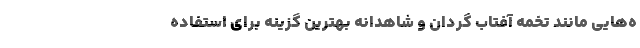
ه‌هایی مانند تخمه آفتاب گردان و شاهدانه بهترین گزینه برای استفاده